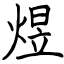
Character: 煜